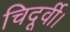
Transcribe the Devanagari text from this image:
चिदूर्वी।